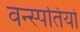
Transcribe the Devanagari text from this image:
वन्स्पतियों